Structure of Hæmatopota pluvialis (Meigen) - Number 55
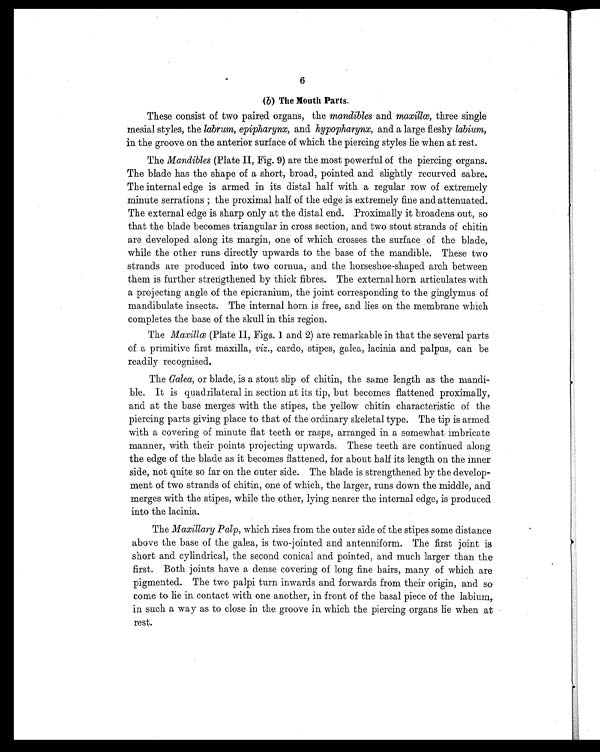
6
( b ) The Mouth Parts.
These consist of two paired organs, the mandibles and maxillœ, three single
mesial styles, the labrum, epipharynx, and hypopharynx, and a large fleshy labium,
in the groove on the anterior surface of which the piercing styles lie when at rest.
The Mandibles (Plate II, Fig. 9) are the most powerful of the piercing organs.
The blade has the shape of a short, broad, pointed and slightly recurved sabre.
The internal edge is armed in its distal half with a regular row of extremely
minute serrations ; the proximal half of the edge is extremely fine and attenuated.
The external edge is sharp only at the distal end. Proximally it broadens out, so
that the blade becomes triangular in cross section, and two stout strands of chitin
are developed along its margin, one of which crosses the surface of the blade,
while the other runs directly upwards to the base of the mandible. These two
strands are produced into two cornua, and the horseshoe-shaped arch between
them is further strengthened by thick fibres. The external horn articulates with
a projecting angle of the epicranium, the joint corresponding to the ginglymus of
mandibulate insects. The internal horn is free, and lies on the membrane which
completes the base of the skull in this region.
The Maxillœ (Plate II, Figs. 1 and 2) are remarkable in that the several parts
of a primitive first maxilla, viz., cardo, stipes, galea, lacinia and palpus, can be
readily recognised.
The Galea, or blade, is a stout slip of chitin, the same length as the mandi
- ble. It is quadrilateral in section at its tip, but becomes flattened proximally,
and at the base merges with the stipes, the yellow chitin characteristic of the
piercing parts giving place to that of the ordinary skeletal type. The tip is armed
with a covering of minute flat teeth or rasps, arranged in a somewhat imbricate
manner, with their points projecting upwards. These teeth are continued along
the edge of the blade as it becomes flattened, for about half its length on the inner
side, not quite so far on the outer side. The blade is strengthened by the develop
- ment of two strands of chitin, one of which, the larger, runs down the middle, and
merges with the stipes, while the other, lying nearer the internal edge, is produced
into the lacinia.
The Maxillary Palp, which rises from the outer side of the stipes some distance
above the base of the galea, is two-jointed and antenniform. The first joint is
short and cylindrical, the second conical and pointed, and much larger than the
first. Both joints have a dense covering of long fine hairs, many of which are
pigmented. The two palpi turn inwards and forwards from their origin, and so
come to lie in contact with one another, in front of the basal piece of the labium,
in such a way as to close in the groove in which the piercing organs lie when at
rest.